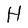
Character: H